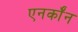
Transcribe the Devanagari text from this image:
एनर्कॉन